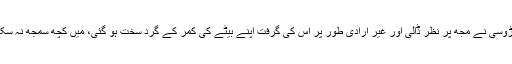
پڑوسی نے مجھ پر نظر ڈالی اور غیر ارادی طور پر اس کی گرفت اپنے بیٹے کی کمر کے گرد سخت ہو گئی، میں کچھ سمجھ نہ سکا۔